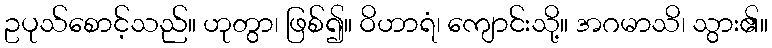
ဥပုသ်စောင့်သည်။ ဟုတွာ၊ ဖြစ်၍။ ဝိဟာရံ၊ ကျောင်းသို့။ အဂမာသိ၊ သွား၏။